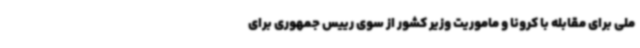
ملی برای مقابله با کرونا و ماموریت وزیر کشور از سوی رییس جمهوری برای